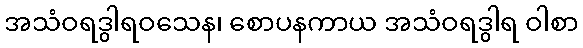
အသံဝရဒွါရဝသေန၊ စောပနကာယ အသံဝရဒွါရ ဝါစာ